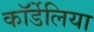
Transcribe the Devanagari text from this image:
कॉर्डेलिया